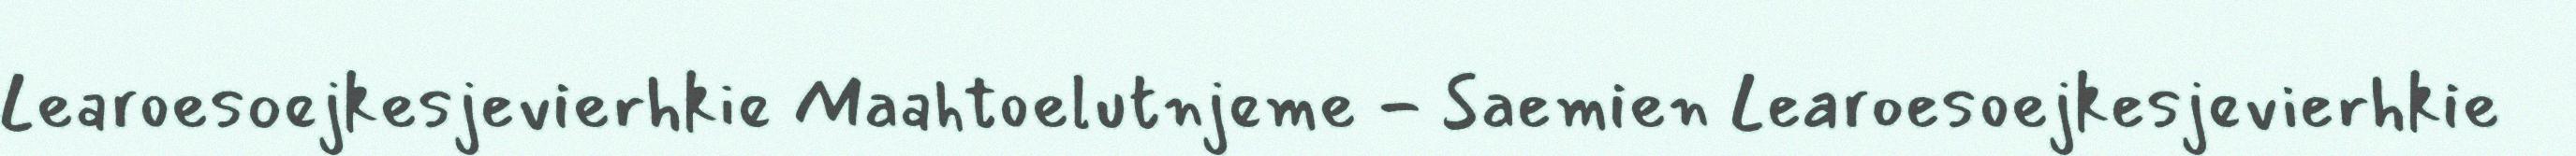
Learoesoejkesjevierhkie Maahtoelutnjeme - Saemien Learoesoejkesjevierhkie